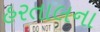
હરતાલના